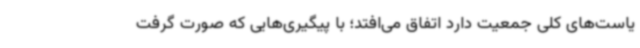
یاست‌های کلی جمعیت دارد اتفاق می‌افتد؛ با پیگیری‌هایی که صورت گرفت